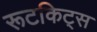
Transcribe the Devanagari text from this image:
रूटकिट्स